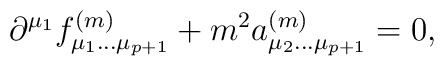
\partial^{\mu_1}f^{(m)}_{\mu_1\dots\mu_{p+1}}+m^2a^{(m)}_{\mu_2\dots\mu_{p+1}}=0,